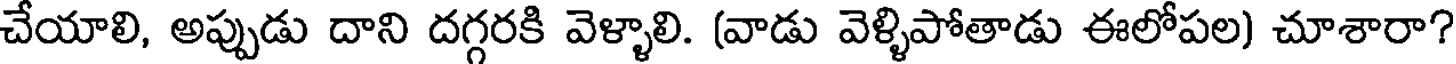
చేయాలి, అప్పుడు దాని దగ్గరకి వెళ్ళాలి. (వాడు వెళ్ళిపోతాడు ఈలోపల) చూశారా?